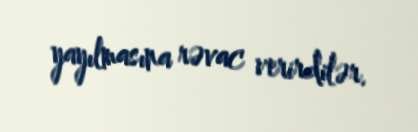
yayılmasına rəvac verirdilər.